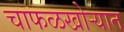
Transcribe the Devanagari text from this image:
चाफळखोऱ्यात